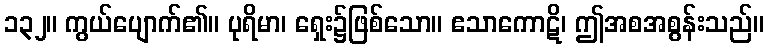
၁၃၂။ ကွယ်ပျောက်၏။ ပုရိမာ၊ ရှေး၌ဖြစ်သော။ ဧသာကောဋိ၊ ဤအစအစွန်းသည်။